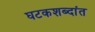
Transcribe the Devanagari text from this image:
घटकशब्दांत